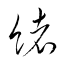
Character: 緖